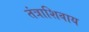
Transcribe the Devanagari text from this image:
तंत्राशिवाय